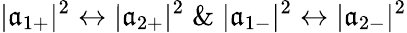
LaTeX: |\mathfrak{a}_{1+}|^{2}\leftrightarrow|\mathfrak{a}_{2+}|^{2}\; \& \; |\mathfrak{a}_{1-}|^{2}\leftrightarrow|\mathfrak{a}_{2-}|^{2}